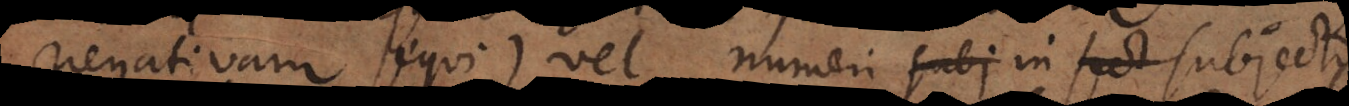
negativam sequi) vel numeri subj in subjecto